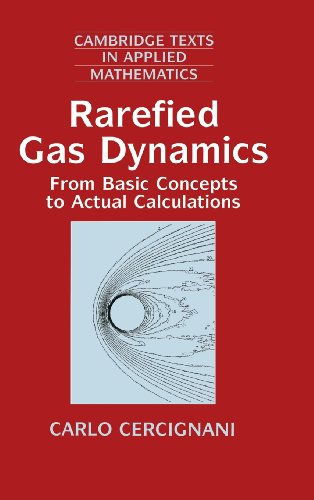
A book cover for Rarefied Gas Dynamics: From Basic Concepts to Actual Calculations (Cambridge Texts in Applied Mathematics); Carlo Cercignani; Science & Math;